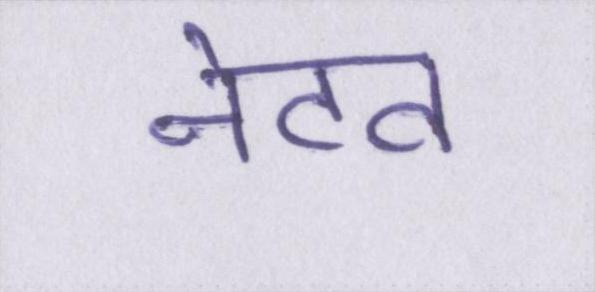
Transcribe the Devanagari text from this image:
नेटव